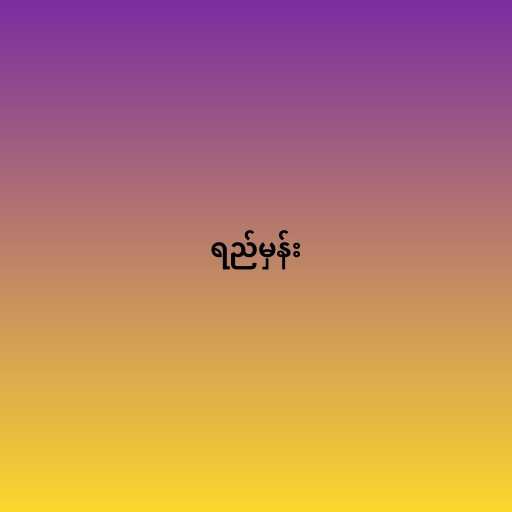
ရည်မှန်း